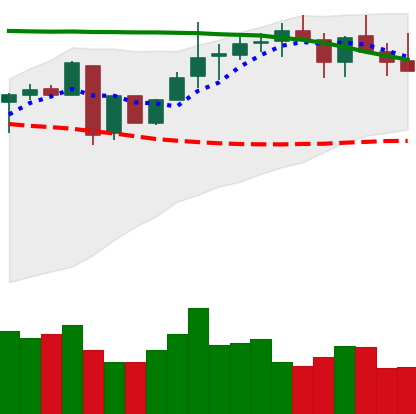
Ticker: LINK-USD
Chart end date: 2018-05-10
Forward return: -4.25%
Label: down_3_5